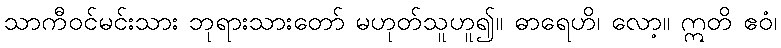
သာကီဝင်မင်းသား ဘုရားသားတော် မဟုတ်သူဟူ၍။ ဓာရေဟိ၊ လော့။ ဣတိ ဧဝံ၊